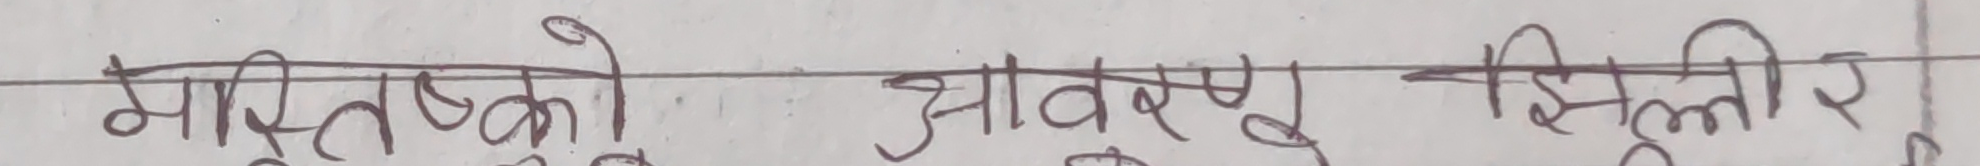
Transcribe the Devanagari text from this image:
मस्तिष्कको आवरण झिल्ली र